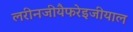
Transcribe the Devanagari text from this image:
लरीनजीयैफरेइजीयाल